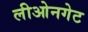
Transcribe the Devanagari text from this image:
लीओनगेट